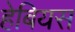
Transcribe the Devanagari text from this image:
हेबियस